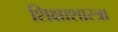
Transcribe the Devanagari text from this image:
शिक्षाशास्त्रा